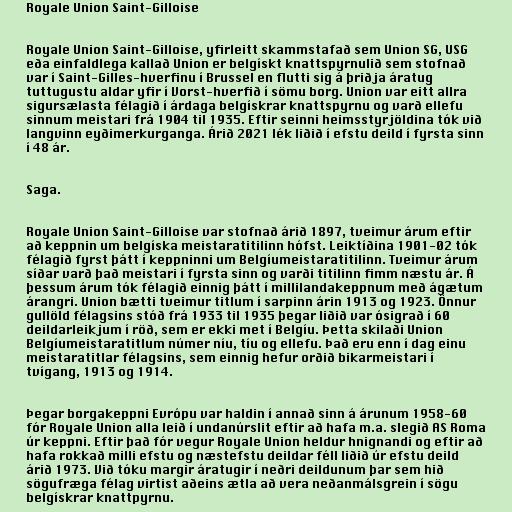
Royale Union Saint-Gilloise

Royale Union Saint-Gilloise, yfirleitt skammstafað sem Union SG, USG
eða einfaldlega kallað Union er belgískt knattspyrnulið sem stofnað
var í Saint-Gilles-hverfinu í Brussel en flutti sig á þriðja áratug
tuttugustu aldar yfir í Vorst-hverfið í sömu borg. Union var eitt allra
sigursælasta félagið í árdaga belgískrar knattspyrnu og varð ellefu
sinnum meistari frá 1904 til 1935. Eftir seinni heimsstyrjöldina tók við
langvinn eyðimerkurganga. Árið 2021 lék liðið í efstu deild í fyrsta sinn
í 48 ár.

Saga.

Royale Union Saint-Gilloise var stofnað árið 1897, tveimur árum eftir
að keppnin um belgíska meistaratitilinn hófst. Leiktíðina 1901-02 tók
félagið fyrst þátt í keppninni um Belgíumeistaratitilinn. Tveimur árum
síðar varð það meistari í fyrsta sinn og varði titilinn fimm næstu ár. Á
þessum árum tók félagið einnig þátt í millilandakeppnum með ágætum
árangri. Union bætti tveimur titlum í sarpinn árin 1913 og 1923. Önnur
gullöld félagsins stóð frá 1933 til 1935 þegar liðið var ósigrað í 60
deildarleikjum í röð, sem er ekki met í Belgíu. Þetta skilaði Union
Belgíumeistaratitlum númer níu, tíu og ellefu. Það eru enn í dag einu
meistaratitlar félagsins, sem einnig hefur orðið bikarmeistari í
tvígang, 1913 og 1914.

Þegar borgakeppni Evrópu var haldin í annað sinn á árunum 1958-60
fór Royale Union alla leið í undanúrslit eftir að hafa m.a. slegið AS Roma
úr keppni. Eftir það fór vegur Royale Union heldur hnignandi og eftir að
hafa rokkað milli efstu og næstefstu deildar féll liðið úr efstu deild
árið 1973. Við tóku margir áratugir í neðri deildunum þar sem hið
sögufræga félag virtist aðeins ætla að vera neðanmálsgrein í sögu
belgískrar knattpyrnu.